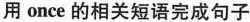
用 once 的相关短语完成句子